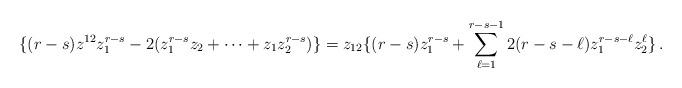
LaTeX: \begin{align*}\{ (r-s)z^{12}z_1^{r-s}-2(z_1^{r-s}z_2+\cdots + z_1z_2^{r-s})\}= z_{12}\{ (r-s)z_1^{r-s}+ \sum_{\ell=1}^{r-s-1} 2(r-s-\ell)z_1^{r-s-\ell}z_2^\ell\}\, .\end{align*}